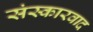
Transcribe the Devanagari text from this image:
संस्कारवाद